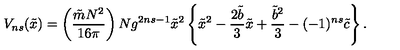
V _ { n s } ( { \tilde { x } } ) = \left( \frac { { \tilde { m } } N ^ { 2 } } { 1 6 \pi } \right) N g ^ { 2 n s - 1 } { \tilde { x } } ^ { 2 } \left\{ { \tilde { x } } ^ { 2 } - \frac { 2 { \tilde { b } } } { 3 } { \tilde { x } } + \frac { { \tilde { b } } ^ { 2 } } { 3 } - ( - 1 ) ^ { n s } { \tilde { c } } \right\} .